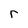
Character: r